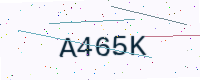
Text: A465K